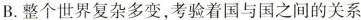
B.整个世界复杂多变，考验着国与国之间的关系